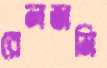
রেলজমি